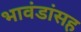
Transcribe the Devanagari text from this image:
भावंडांसह